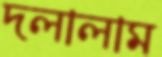
দলালাম